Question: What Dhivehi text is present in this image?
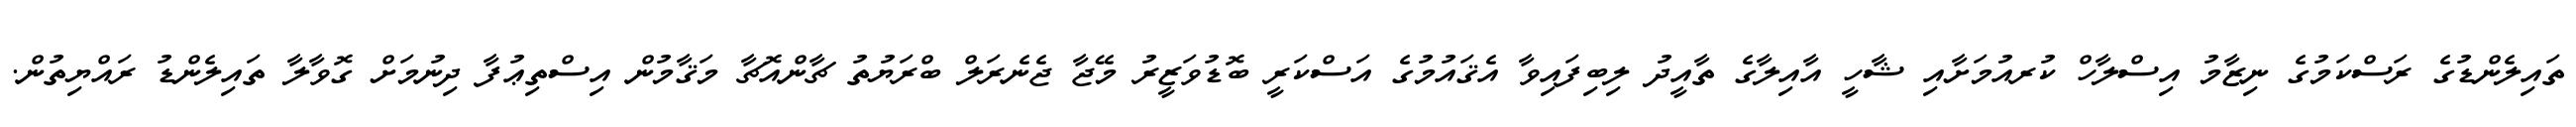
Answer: ތައިލެންޑުގެ ރަސްކަމުގެ ނިޒާމު އިސްލާހް ކުރއުމަށާއި ޝާހީ އާއިލާގެ ތާއީދު ލިބިފައިވާ އެޤައުމުގެ އަސްކަރީ ބޮޑުވަޒީރު މޭޖާ ޖެނެރަލް ބްރަޔުތު ޗާންއޮޗާ މަޤާމުން އިސްތިޢުފާ ދިނުމަށް ގޮވާލާ ތައިލެންޑު ރައްޔިތުން.